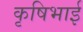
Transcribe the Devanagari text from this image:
कृषिभाई